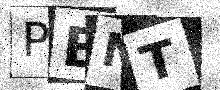
Text: PBNT